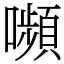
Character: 嚬